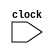
`timescale 1ns / 1ps
//////////////////////////////////////////////////////////////////////////////////
// Company: 
// Engineer: 
// 
// Design Name: 
// Module Name:    SingleCycle 
// Project Name: 
// Target Devices: 
// Tool versions: 
// Description: 
//
// Dependencies: 
//
// Revision: 
// Revision 0.01 - File Created
// Additional Comments: 
//
//////////////////////////////////////////////////////////////////////////////////
module SingleCycle(clock);
	input clock;
	reg [31:0]PC = 0;
	wire [31:0]instruction;
	InstructionMemory IM(PC,instruction);
	wire [5:0]opcode = instruction[31:26];
	wire [4:0]readReg1 = instruction[25:21];
	wire [4:0]readReg2 = instruction[20:16];
	wire [4:0]RegRd = instruction[15:11];
	wire [5:0]func = instruction[5:0];
	wire [15:0]immediate = instruction[15:0];
	wire [25:0]jumpaddr = instruction[25:0];
	
	wire [31:0]extendedIm;
	signExtension ImExtend(immediate,extendedIm);
	
	wire RegDst,Jump,Branch,bne,MemRead,MemtoReg,MemWrite,ALUSrc,RegWrite;
	wire [1:0]ALUop;
	control controlUnit(opcode,RegDst,Jump,Branch,bne,MemRead,MemtoReg,ALUop,MemWrite,ALUSrc,RegWrite);
		
	wire [31:0]ReadData1; //= regfile[readReg1];
	wire [31:0]ReadData2; //= regfile[readReg2];
	wire [4:0]WriteReg;//which register to write back
	wire [31:0]WriteData;
	
	mux5bit mux_writeReg(readReg2,RegRd,RegDst,WriteReg);
	RegFile RF(readReg1,readReg2,WriteReg,WriteData,RegWrite,ReadData1,ReadData2);
	
	wire [31:0] ALUsrc2; //second input of ALU
	mux2_1 mux_alu(ReadData2,extendedIm,ALUSrc,ALUsrc2);
	
	wire [3:0]aluControl;
	ALUcontrol alucontrol(func,ALUop,aluControl);
	
	wire [31:0]ALUresult;
	wire ZERO;
	ALU alu(ReadData1,ALUsrc2,aluControl,ALUresult,ZERO);
	
	wire [31:0]ReadData; //data memory output
	DataMem DM(ALUresult,ReadData2,MemWrite,MemRead,ReadData);
	
	mux2_1 mux_writeback(ALUresult,ReadData,MemtoReg,WriteData);
		
	wire[31:0]newPC = PC+4;
	wire[31:0]branchAddr = newPC + extendedIm*4; 
	wire[31:0]JumpAddress = {PC[31:28],jumpaddr,2'b00};
	wire[31:0]tempPC;
	wire[31:0]targetPC;
	
	//wire temp1,temp2,temp3;
	//and gate1(temp1,Branch,ZERO);
	//not gate2(temp2,ZERO);
	//and gate3(temp3,bne,temp2);
	
	wire ifbranch = (Branch && ZERO) || (bne &&(~ZERO));
	
	//wire ifbranch;
	//or gate4(ifbranch,temp1,temp3);
	
	mux2_1 mux_ifbranch(newPC,branchAddr,ifbranch,tempPC);
	mux2_1 mux_ifjump(tempPC,JumpAddress,Jump,targetPC);
	
	always @(posedge clock) begin
		PC <= targetPC;
	end
endmodule

module InstructionMemory(ReadAddress,Instruction);
	input [31:0]ReadAddress;
	output reg [31:0]Instruction;
	reg [31:0]memory[29:0];
	initial begin
		memory[0] = 32'b00100000000010000000000000100000; //addi $t0, $zero, 0x20
		memory[1] = 32'b00100000000010010000000000100111; //addi $t1, $zero, 0x27
		memory[2] = 32'b00000001000010011000000000100100; //and $s0, $t0, $t1
		memory[3] = 32'b00000001000010011000000000100101; //or $s0, $t0, $t1
		memory[4] = 32'b10101100000100000000000000000100; //sw $s0, 4($zero)
		memory[5] = 32'b10101100000010000000000000001000; //sw $t0, 8($zero)
		memory[6] = 32'b00000001000010011000100000100000; //add $s1, $t0, $t1
		memory[7] = 32'b00000001000010011001000000100010; //sub $s2, $t0, $t1
		memory[8] = 32'b00010010001100100000000000001001; //beq $s1, $s2, error0
		memory[9] = 32'b10001100000100010000000000000100; //lw $s1, 4($zero)
		memory[10]= 32'b00110010001100100000000000011000; //andi $s2, $s1, 0x18
		memory[11] =32'b00010010001100100000000000001001; //beq $s1, $s2, error1
		memory[12] =32'b10001100000100110000000000001000; //lw $s3, 8($zero)
		memory[13] =32'b00010010000100110000000000001010; //beq $s0, $s3, error2
		memory[14] =32'b00000010010100011010000000101010; //slt $s4, $s2, $s1 (Last)
		memory[15] =32'b00010010100000000000000000001111; //beq $s4, $0, EXIT
		memory[16] =32'b00000010001000001001000000100000; //add $s2, $s1, $0
		memory[17] =32'b00001000000000000000000000001110; //j Last
		memory[18] =32'b00100000000010000000000000000000; //addi $t0, $0, 0(error0)
		memory[19] =32'b00100000000010010000000000000000; //addi $t1, $0, 0
		memory[20] =32'b00001000000000000000000000011111; //j EXIT
		memory[21] =32'b00100000000010000000000000000001; //addi $t0, $0, 1(error1)
		memory[22] =32'b00100000000010010000000000000001; //addi $t1, $0, 1
		memory[23] =32'b00001000000000000000000000011111; //j EXIT
		memory[24] =32'b00100000000010000000000000000010; //addi $t0, $0, 2(error2)
		memory[25] =32'b00100000000010010000000000000010; //addi $t1, $0, 2
		memory[26] =32'b00001000000000000000000000011111; //j EXIT
		memory[27] =32'b00100000000010000000000000000011; //addi $t0, $0, 3(error3)
		memory[28] =32'b00100000000010010000000000000011; //addi $t1, $0, 3
		memory[29] =32'b00001000000000000000000000011111; //j EXIT
		//memory[30] =32'b00000000000000000000000000000000;
	end
	always @(ReadAddress) begin
		Instruction = memory[ReadAddress/4];
	end
endmodule

module RegFile(readReg1,readReg2,writeReg,writeData,regWrite,readData1,readData2);
	input [4:0]readReg1,readReg2,writeReg;
	input regWrite;
	input [31:0]writeData;
	output reg [31:0]readData1,readData2;
	reg [31:0]regfile[31:0];
	initial begin
		regfile[0]=32'b0;
		regfile[1]=32'b0;
		regfile[2]=32'b0;
		regfile[3]=32'b0;
		regfile[4]=32'b0;
		regfile[5]=32'b0;
		regfile[6]=32'b0;
		regfile[7]=32'b0;
		regfile[8]=32'b0;
		regfile[9]=32'b0;
		regfile[10]=32'b0;
		regfile[11]=32'b0;
		regfile[12]=32'b0;
		regfile[13]=32'b0;
		regfile[14]=32'b0;
		regfile[15]=32'b0;
		regfile[16]=32'b0;
		regfile[17]=32'b0;
		regfile[18]=32'b0;
		regfile[19]=32'b0;
		regfile[20]=32'b0;
		regfile[21]=32'b0;
		regfile[22]=32'b0;
		regfile[23]=32'b0;
		regfile[24]=32'b0;
		regfile[25]=32'b0;
		regfile[26]=32'b0;
		regfile[27]=32'b0;
		regfile[28]=32'b0;
		regfile[29]=32'b0;
		regfile[30]=32'b0;
		regfile[31]=32'b0;
	end
	always @(readReg1 or readReg2 or writeReg or regWrite or writeData) begin
		readData1 = regfile[readReg1];
		readData2 = regfile[readReg2];
		if (regWrite) regfile[writeReg] = writeData;
	end
endmodule

module DataMem(Address,WriteData,MemWrite,MemRead,ReadData);
	input [31:0]Address,WriteData;
	input MemWrite,MemRead;
	output reg[31:0]ReadData;
	reg [31:0]DM[31:0];
	
	initial begin
		DM[0] = 32'b0;
		DM[1] = 32'b0;
		DM[2] = 32'b0;
		DM[3] = 32'b0;
		DM[4] = 32'b0;
		DM[5] = 32'b0;
		DM[6] = 32'b0;
		DM[7] = 32'b0;
		DM[8] = 32'b0;
		DM[9] = 32'b0;
		DM[10] = 32'b0;
		DM[11] = 32'b0;
		DM[12] = 32'b0;
		DM[13] = 32'b0;
		DM[14] = 32'b0;
		DM[15] = 32'b0;
		DM[16] = 32'b0;
		DM[17] = 32'b0;
		DM[18] = 32'b0;
		DM[19] = 32'b0;
		DM[20] = 32'b0;
		DM[21] = 32'b0;
		DM[22] = 32'b0;
		DM[23] = 32'b0;
		DM[24] = 32'b0;
		DM[25] = 32'b0;
		DM[26] = 32'b0;
		DM[27] = 32'b0;
		DM[28] = 32'b0;
		DM[29] = 32'b0;
		DM[30] = 32'b0;
		DM[31] = 32'b0;
	end
	
	always @(Address or WriteData or MemWrite or MemRead) begin
		if (MemRead) ReadData = DM[Address]; //lw
		if (MemWrite) DM[Address] = WriteData; //sw
	end
endmodule

module signExtension(in,out);
	input [15:0]in;
	output [31:0]out;
	assign out = $signed(in);
endmodule

module mux2_1(src1,src2,sel,result);
	parameter N = 32;
	input [N-1:0] src1,src2;
	input sel;
	output reg [N-1:0] result;
	
	always @(sel,src1,src2) begin
		case (sel) 
			1'b0: result = src1;
			1'b1: result = src2;
		endcase
	end
endmodule

module mux5bit(src1,src2,sel,result);
	parameter size = 5;
	input [size-1:0] src1,src2;
	input sel;
	output reg [size-1:0] result;
	
	always @(sel,src1,src2) begin
		case (sel) 
			1'b0: result = src1;
			1'b1: result = src2;
		endcase
	end
endmodule

module ALUcontrol(func,ALUop,ALUControl);
	input [5:0]func;
	input [1:0]ALUop;
	output reg [3:0]ALUControl;

	always @(func or ALUop) begin
		case (ALUop)
			2'b00: ALUControl = 4'b0010; //add
			2'b01: ALUControl = 4'b0110; //subtract
			2'b10: 
				case(func)
					6'b100000: ALUControl = 4'b0010; //add
					6'b100010: ALUControl = 4'b0110; //subtract
					6'b100100: ALUControl = 4'b0000; //AND
					6'b100101: ALUControl = 4'b0001; //OR
					6'b101010: ALUControl = 4'b0111; //set-on-less-than
					default: ALUControl = 4'b0000;
				endcase
			2'b11: ALUControl = 4'b0000; //AND
			default: ALUControl = 4'b0000;
		endcase
	end
endmodule

module ALU(ALUsrc1,ALUsrc2,ALUControl,result,ZERO);
	parameter N=32;
	input [N-1:0]ALUsrc1,ALUsrc2;
	input [3:0]ALUControl;
	output reg [N-1:0]result;
	output reg ZERO;
	
	always @(ALUsrc1,ALUsrc2,ALUControl) begin
		case (ALUControl)
			4'b0000: result = ALUsrc1 & ALUsrc2; // AND
			4'b0001: result = ALUsrc1 | ALUsrc2; // OR
			4'b0010: result = ALUsrc1 + ALUsrc2; // add
			4'b0110: begin 
				result = ALUsrc1 - ALUsrc2; // subtract
				if(result == 0) ZERO = 1;
				else ZERO = 0;
			end
			4'b0111: begin
				result = ALUsrc1 < ALUsrc2; // set-on-less-than
				if(result == 0) ZERO = 1;
				else ZERO =0;
			end
			4'b1100: result = ~(ALUsrc1 | ALUsrc2); // NOR
		endcase
	end
endmodule

module control(opcode,RegDst,Jump,Branch,bne,MemRead,MemtoReg,ALUop,MemWrite,ALUsrc,RegWrite);
	input [5:0]opcode;
	output reg RegDst,Jump,Branch,bne,MemRead,MemtoReg,MemWrite,ALUsrc,RegWrite;
	output reg [1:0] ALUop;
	
	initial begin 
		RegDst=0;
		Jump=0;
		Branch=0;
		bne=0;
		MemRead=0;
		MemtoReg=0;
		ALUop=2'b00;
		MemWrite=0;
		ALUsrc=0;
		RegWrite=0;
	end

	always @(opcode) begin
		case(opcode)
			6'h0:begin //R-type
				RegDst=1;
				Jump=0;
				Branch=0;
				bne=0;
				MemRead=0;
				MemtoReg=0;
				ALUop=2'b10;
				MemWrite=0;
				ALUsrc=0;
				RegWrite=1;
			end
			6'h8:begin //addi
				RegDst=0;
				Jump=0;
				Branch=0;
				bne=0;
				MemRead=0;
				MemtoReg=0;
				ALUop=2'b00; //add
				MemWrite=0;
				ALUsrc=1;
				RegWrite=1;
			end
			6'hc:begin //andi
				RegDst=0;
				Jump=0;
				Branch=0;
				bne=0;
				MemRead=0;
				MemtoReg=0;
				ALUop=2'b11;
				MemWrite=0;
				ALUsrc=1;
				RegWrite=1;
			end
			6'h4:begin //beq
				RegDst=0;
				Jump=0;
				Branch=1;
				bne=0;
				MemRead=0;
				MemtoReg=0;
				ALUop=2'b01; //subtract
				MemWrite=0;
				ALUsrc=0;
				RegWrite=0;
			end
			6'h5:begin //bne
				RegDst=0;
				Jump=0;
				Branch=0;
				bne=1;
				MemRead=0;
				MemtoReg=0;
				ALUop=2'b01; //subtract
				MemWrite=0;
				ALUsrc=0;
				RegWrite=0;
			end
			6'h2:begin //jump
				RegDst=0;
				Jump=1;
				Branch=0;
				bne=0;
				MemRead=0;
				MemtoReg=0;
				ALUop=2'b00;
				MemWrite=0;
				ALUsrc=0;
				RegWrite=0;
			end
			6'h23:begin //lw
				RegDst=0;
				Jump=0;
				Branch=0;
				bne=0;
				MemRead=1;
				MemtoReg=1;
				ALUop=2'b00;
				MemWrite=0;
				ALUsrc=0;
				RegWrite=1;
			end
			6'h2b:begin //sw
				RegDst=0;
				Jump=0;
				Branch=0;
				bne=0;
				MemRead=1;
				MemtoReg=0;
				ALUop=2'b00;
				MemWrite=1;
				ALUsrc=0;
				RegWrite=0;
			end
		endcase
	end
endmodule